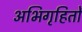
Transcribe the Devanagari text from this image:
अभिगृहितों